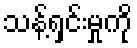
သန့်ရှင်းမှုကို